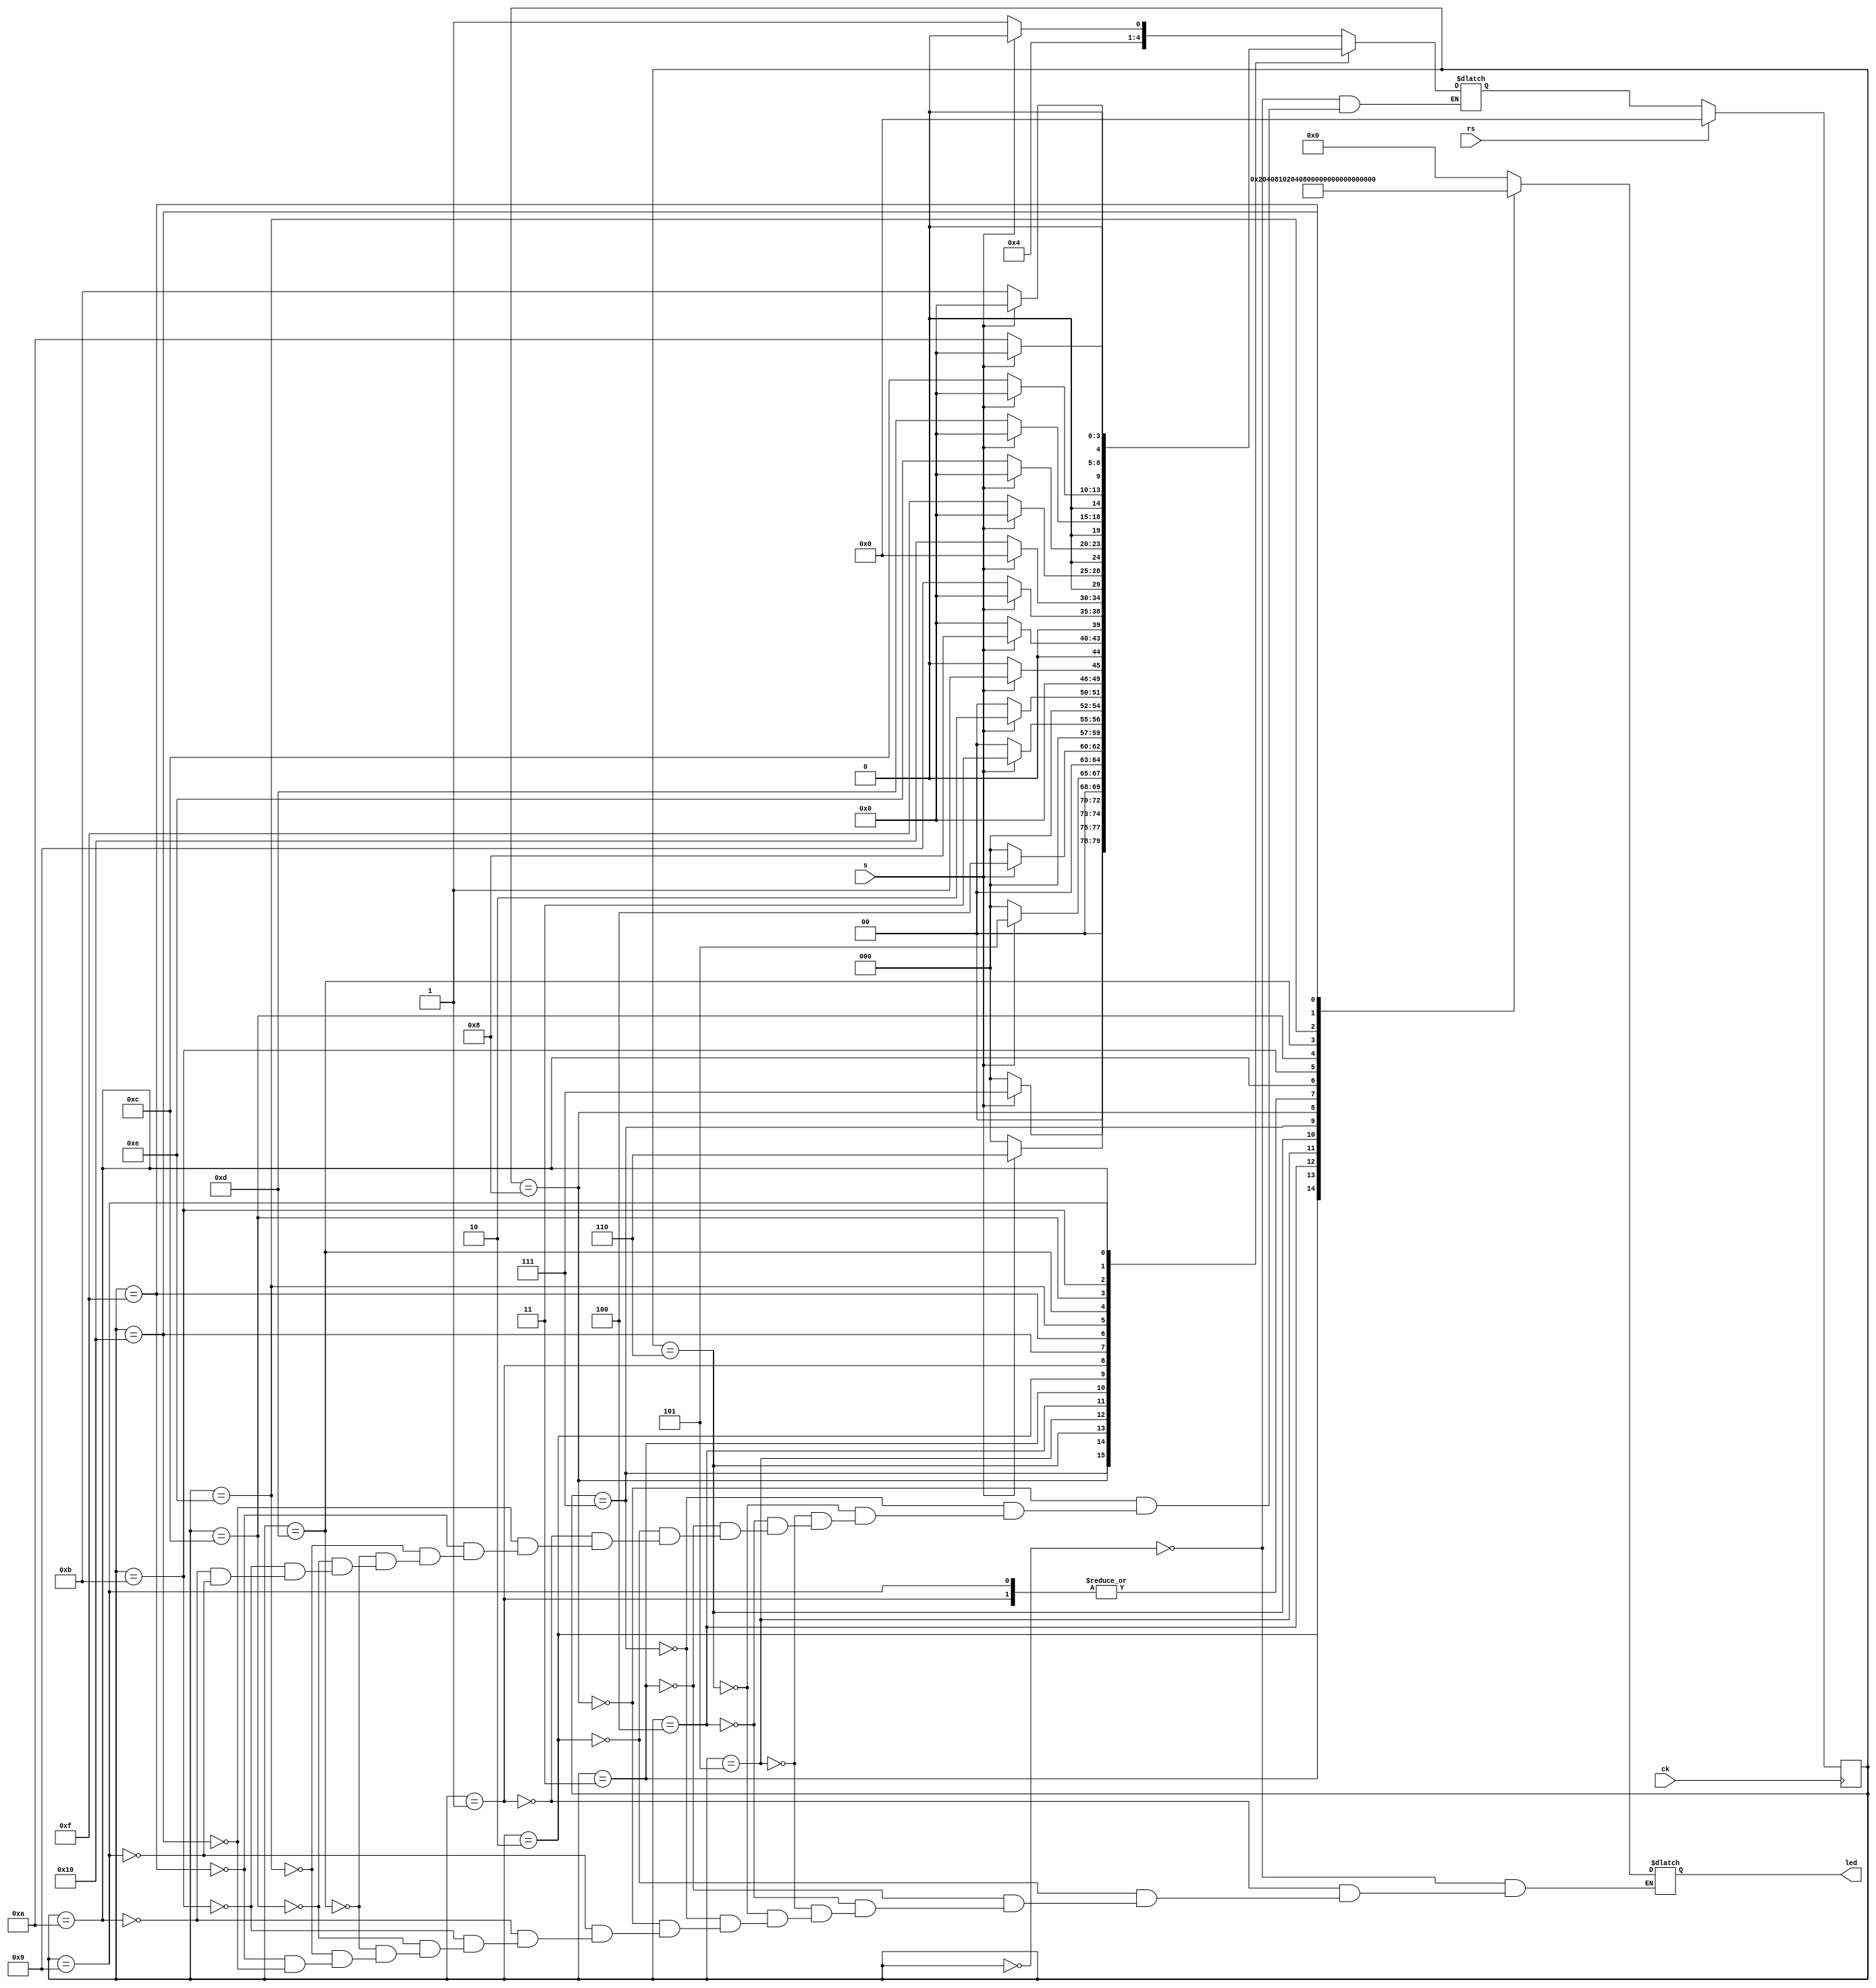
module Cau5_FBGA(ck,rs,led,s);
parameter start = 5'b0000;
parameter s1 = 5'b00001;
parameter s2 = 5'b00010;
parameter s3 = 5'b00011;
parameter s4 = 5'b00100;
parameter s5 = 5'b00101;
parameter s6 = 5'b00110;
parameter s7 = 5'b00111;
parameter s8 = 5'b01000;

parameter sd1 = 5'b01001;
parameter sd2 = 5'b01010;
parameter sd3 = 5'b01011;
parameter sd4 = 5'b01100;
parameter sd5 = 5'b01101;
parameter sd6 = 5'b01110;
parameter sd7 = 5'b01111;
parameter sd8 = 5'b10000;
input ck,rs,s;
output [7:0]led;
reg [7:0]led;
reg [4:0]next_state, current_state;
always @ (*)
begin 
case (current_state)
start:
begin
if (s) next_state = s8;
else next_state = sd1;
end
s8:
begin
if (s) next_state = s7;
else next_state = start;
end
s7:
begin
if (s) next_state = s6;
else next_state = start;
end
s6:
begin
if (s) next_state = s5;
else next_state = start;
end
s5:
begin
if (s) next_state = s4;
else next_state = start;
end
s4:
begin
if (s) next_state = s3;
else next_state = start;
end
s3:
begin
if (s) next_state = s2;
else next_state = start;
end
s2:
begin
if (s) next_state = s1;
else next_state = start;
end
s1:
begin
if (s) next_state = s8;
else next_state = start;		
end
sd8:
begin
if (!s) next_state = sd1;
else next_state = start;
end
sd7:
begin
if (!s) next_state = sd8;
else next_state = start;
end
sd6:
begin
if (!s) next_state = sd7;
else next_state = start;
end
sd5:
begin
if (!s) next_state = sd6;
else next_state = start;
end
sd4:
begin
if (!s) next_state = sd5;
else next_state = start;
end
sd3:
begin
if (!s) next_state = sd4;
else next_state = start;
end
sd2:
begin
if (!s) next_state = sd3;
else next_state = start;
end
sd1:
begin
if (!s) next_state = sd2;
else next_state = start;	
end
endcase
end 
always @(posedge ck)
begin
if(rs)current_state <= start;
else current_state <= next_state;
end
always @ (*)
begin
case(current_state)
start : 	led = 8'b00000000;

s1 :led = 8'b00000001;
s2 :led = 8'b00000010;
s3 :led = 8'b00000100;
s4 :led = 8'b00001000;
s5 :led = 8'b00010000;
s6 :led = 8'b00100000;
s7 :led = 8'b01000000;
s8 :led = 8'b10000000;

sd1 : led = 8'b00000001;
sd2 : led = 8'b00000011;
sd3 : led = 8'b00000111;
sd4 : led = 8'b00001111;
sd5 :	led = 8'b00011111;
sd6 :	led = 8'b00111111;
sd7 :	led = 8'b01111111;
sd8 :	led = 8'b11111111;
endcase
end
endmodule